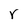
Character: r